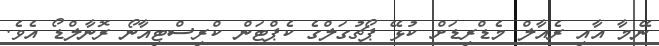
ނޭމާ އާއި ރެއާލް މެޑްރިޑަށް ކުޅޭ ޕޯޗުގަލްގެ ކެޕްޓަން ކްރިސްޓިއާނޯ ރޮނާލްޑޯ އެވެ.